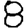
Digit: 8